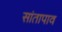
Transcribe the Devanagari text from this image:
सांतापाव